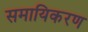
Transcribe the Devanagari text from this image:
समायिकरण